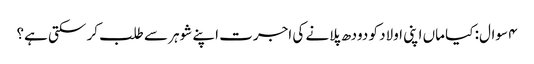
۴ سوال: کیا ماں اپنی اولاد کو دودھ پلانے کی اجرت اپنے شوہر سے طلب کر سکتی ہے؟